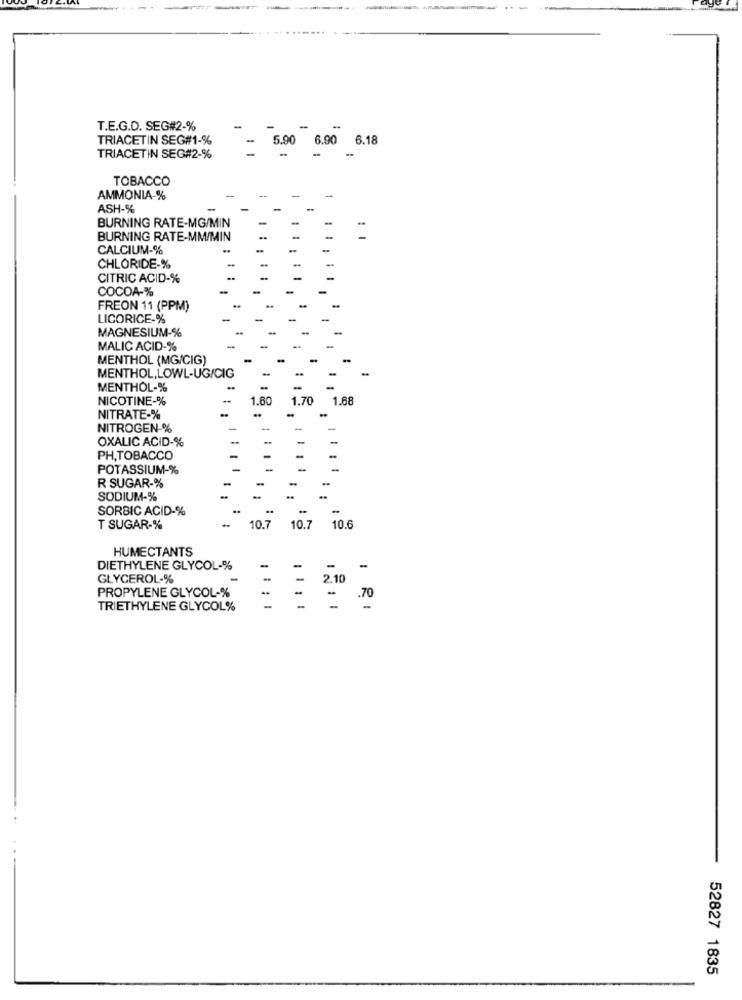
-
T.E.G.D. SEG#2-%
TRIACETIN SEG#1-%
5.90 6.90 6.18
TRIACETIN SEG#2-%
TOBACCO
AMMONIA-%
ASH-%
BURNING RATE-MG/MIN
BURNING RATE-MM/MIN
CALCIUM-%
CHLORIDE-%
CITRIC ACID-%
COCOA-%
FREON 11 (PPM)
LICORICE-%
MAGNESIUM-%
MALIC ACID-%
MENTHOL (MG/CIG)
MENTHOL,LOWL-UG/CIG
MENTHOL-%
NICOTINE-%
1.60
1.70
1.68
NITRATE-%
NITROGEN-%
OXALIC ACID-%
PH,TOBACCO
POTASSIUM-%
R SUGAR-%
SODIUM-%
SORBIC ACID-%
-
T SUGAR-%
10.7 10.7 10.6
HUMECTANTS
-
DIETHYLENE GLYCOL-%
-
GLYCEROL-%
2.10
PROPYLENE GLYCOL-%
-
TRIETHYLENE GLYCOL%
I RI
52827 1835